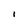
Character: I